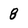
Character: 8